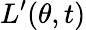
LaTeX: L^{\prime}(\theta,t)